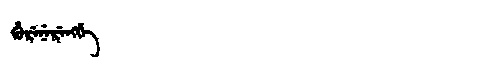
Manchu: ᡥᡠᡵᡝᠨᡝᡵᡝᠩᡤᡝ
Romanization: HURENERENGGE